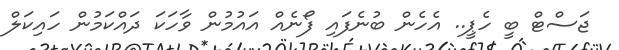
ޖަސްޓް ބީ ހެޕީ.. އެހެން ބުނެފައި ފޯނެއް އައުމުން ވާހަކަ ދައްކަމުން ހައިކަލް